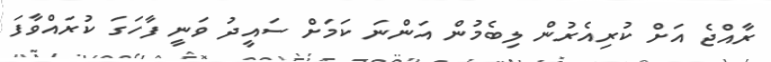
ރާއްޖެ އަށް ކުރިއެރުން ލިބެމުން އަންނަ ކަަމަށް ސައީދު ވަނީ ފާހަގަ ކުރައްވާފަ